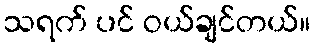
သရက် ပင် ဝယ်ချင်တယ်။